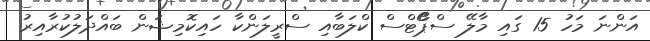
އަންނަ މަހު 15 ގައި މާލޭ ސްޕޯޯޓްސް ކްލަބާއި ސްރީލަންކާ ހައިކޮމިޝަން ބައްދަލުކުރާއިރު